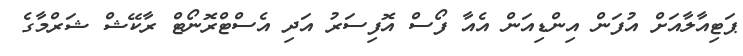
ޕަޓިއާލާއަށް އުފަން އިންޑިއަން އެއާ ފޯސް އޮފިސަރު އަދި އެސްޓްރޮނޯޓް ރާކޭޝް ޝަރްމާގެ